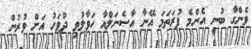
ވެންގާ ބުނީ އެންމެ ފުރަތަމަ އޭނާ އާސެނަލްއާ ހަވާލުވި ދުވަހު އަށް ވުރުން